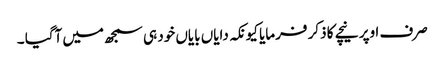
صرف اوپر نیچے کا ذکر فرمایا کیونکہ دایاں بایاں خود ہی سمجھ میں آگیا ۔